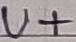
Text: U+